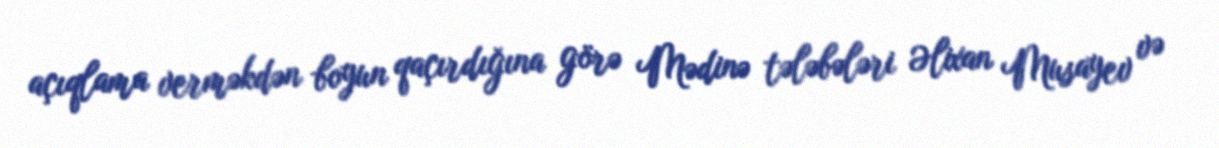
açıqlama verməkdən boyun qaçırdığına görə Mədinə tələbələri Əlixan Musayev və